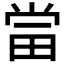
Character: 𱰲